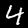
Label: 4